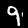
Digit: 9